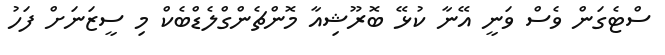
ސްޓެގަން ވެސް ވަނީ އޭނާ ކުޅޭ ބޮރޫޝިއާ މޮންޗެންގްލެޑްބެކް މި ސީޒަނަށް ފަހު